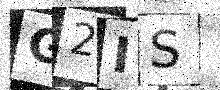
Text: G2IS